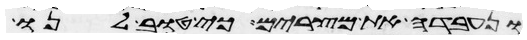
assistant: ונעבדה את מצרים כי טוב לנו